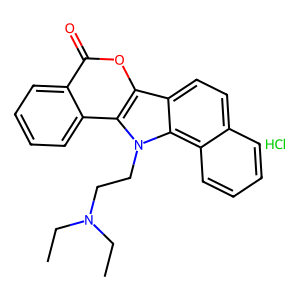
SMILES: CCN(CC)CCn1c2c3ccccc3ccc2c2oc(=O)c3ccccc3c21.Cl
Inhibits HIV replication: No